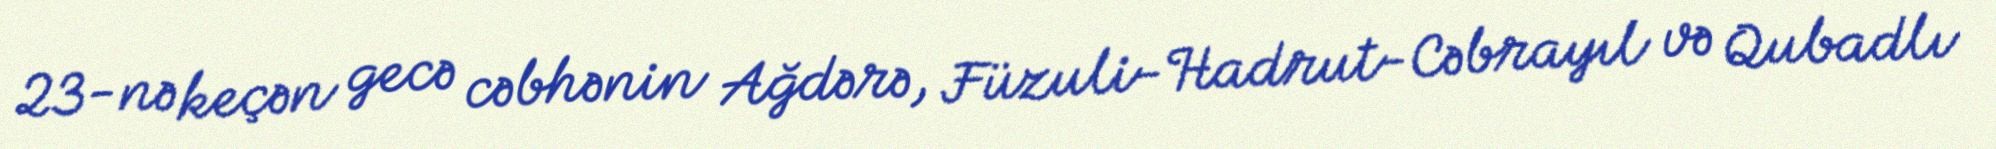
23-nə keçən gecə cəbhənin Ağdərə, Füzuli-Hadrut-Cəbrayıl və Qubadlı